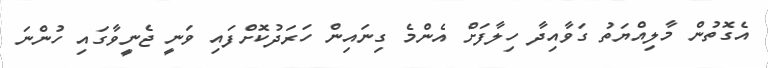
އެގޮތުން މާލިއްޔަތު ގަވާއިދާ ހިލާފަށް އެންމެ ގިނައިން ހަރަދުކޮށްފައި ވަނީ ޖެނީވާގައި ހުންނަ